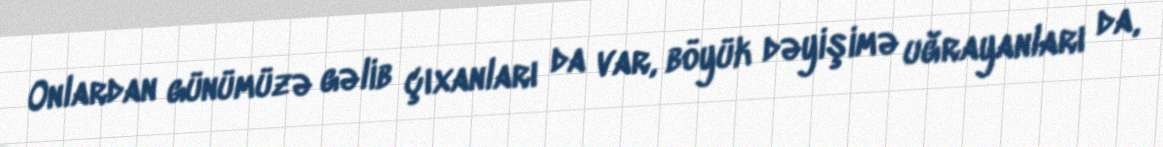
Onlardan günümüzə gəlib çıxanları da var, böyük dəyişimə uğrayanları da,